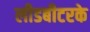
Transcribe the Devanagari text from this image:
लीडबीटरके